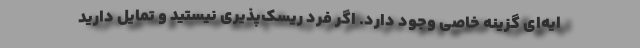
ایه‌ای گزینه خاصی وجود دارد. اگر فرد ریسک‌پذیری نیستید و تمایل دارید